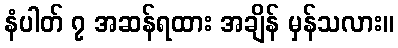
နံပါတ် ၇ အဆန်ရထား အချိန် မှန်သလား။